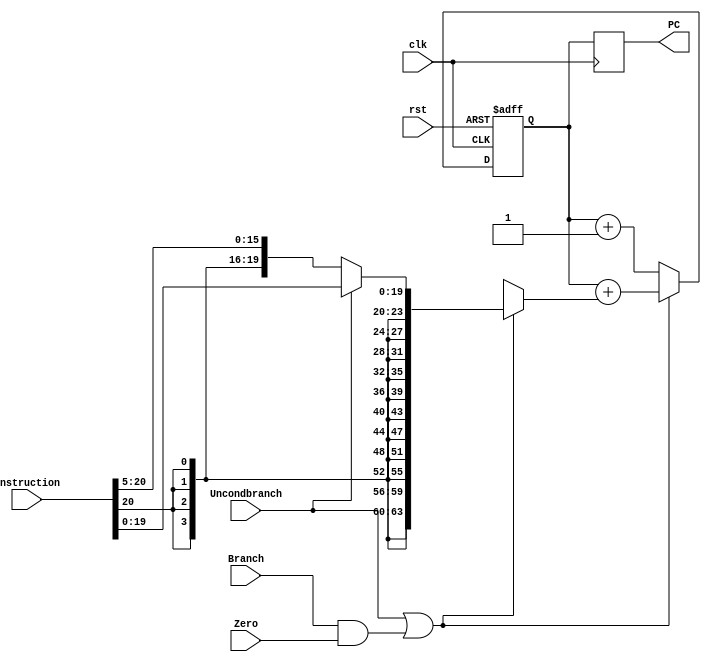
module ProgramCounter(PC, clk, rst, Uncondbranch, Branch, Zero, instruction);
    
    parameter BITSIZE = 64;
    
    input clk, rst, Uncondbranch, Branch, Zero;
    input [31:0] instruction;
    
    reg flag;
    
    reg [63:0] address, PCmid;
    
    output reg [BITSIZE-1:0] PC;
       
    always@(Uncondbranch, Branch, Zero)
    flag = (Uncondbranch | (Branch & Zero));
       
    always @(posedge clk, posedge rst)
    begin
        if ( rst )
        begin
            PCmid = 0;
            address=0;
        end
            
        else if ( flag )
        begin
            if (Uncondbranch)
                address=$signed(instruction[20:0]);
            else
                address=$signed(instruction[20:5]);
            PCmid = PCmid + address;
        end
        
        else
            PCmid = PCmid + 1;
    end
    
    always@(negedge clk)
    PC = PCmid;
    
endmodule